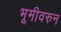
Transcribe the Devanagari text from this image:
भूमीवरुन